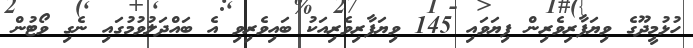
ހުޅުމީދޫގެ ވިޔަފާރިވެރިން ފިޔަވައި 145 ވިޔަފާރިވެރިއަކު ބައިވެރިވި އެ ބައްދަލުވުމުގައި ނެގި ވޯޓުން